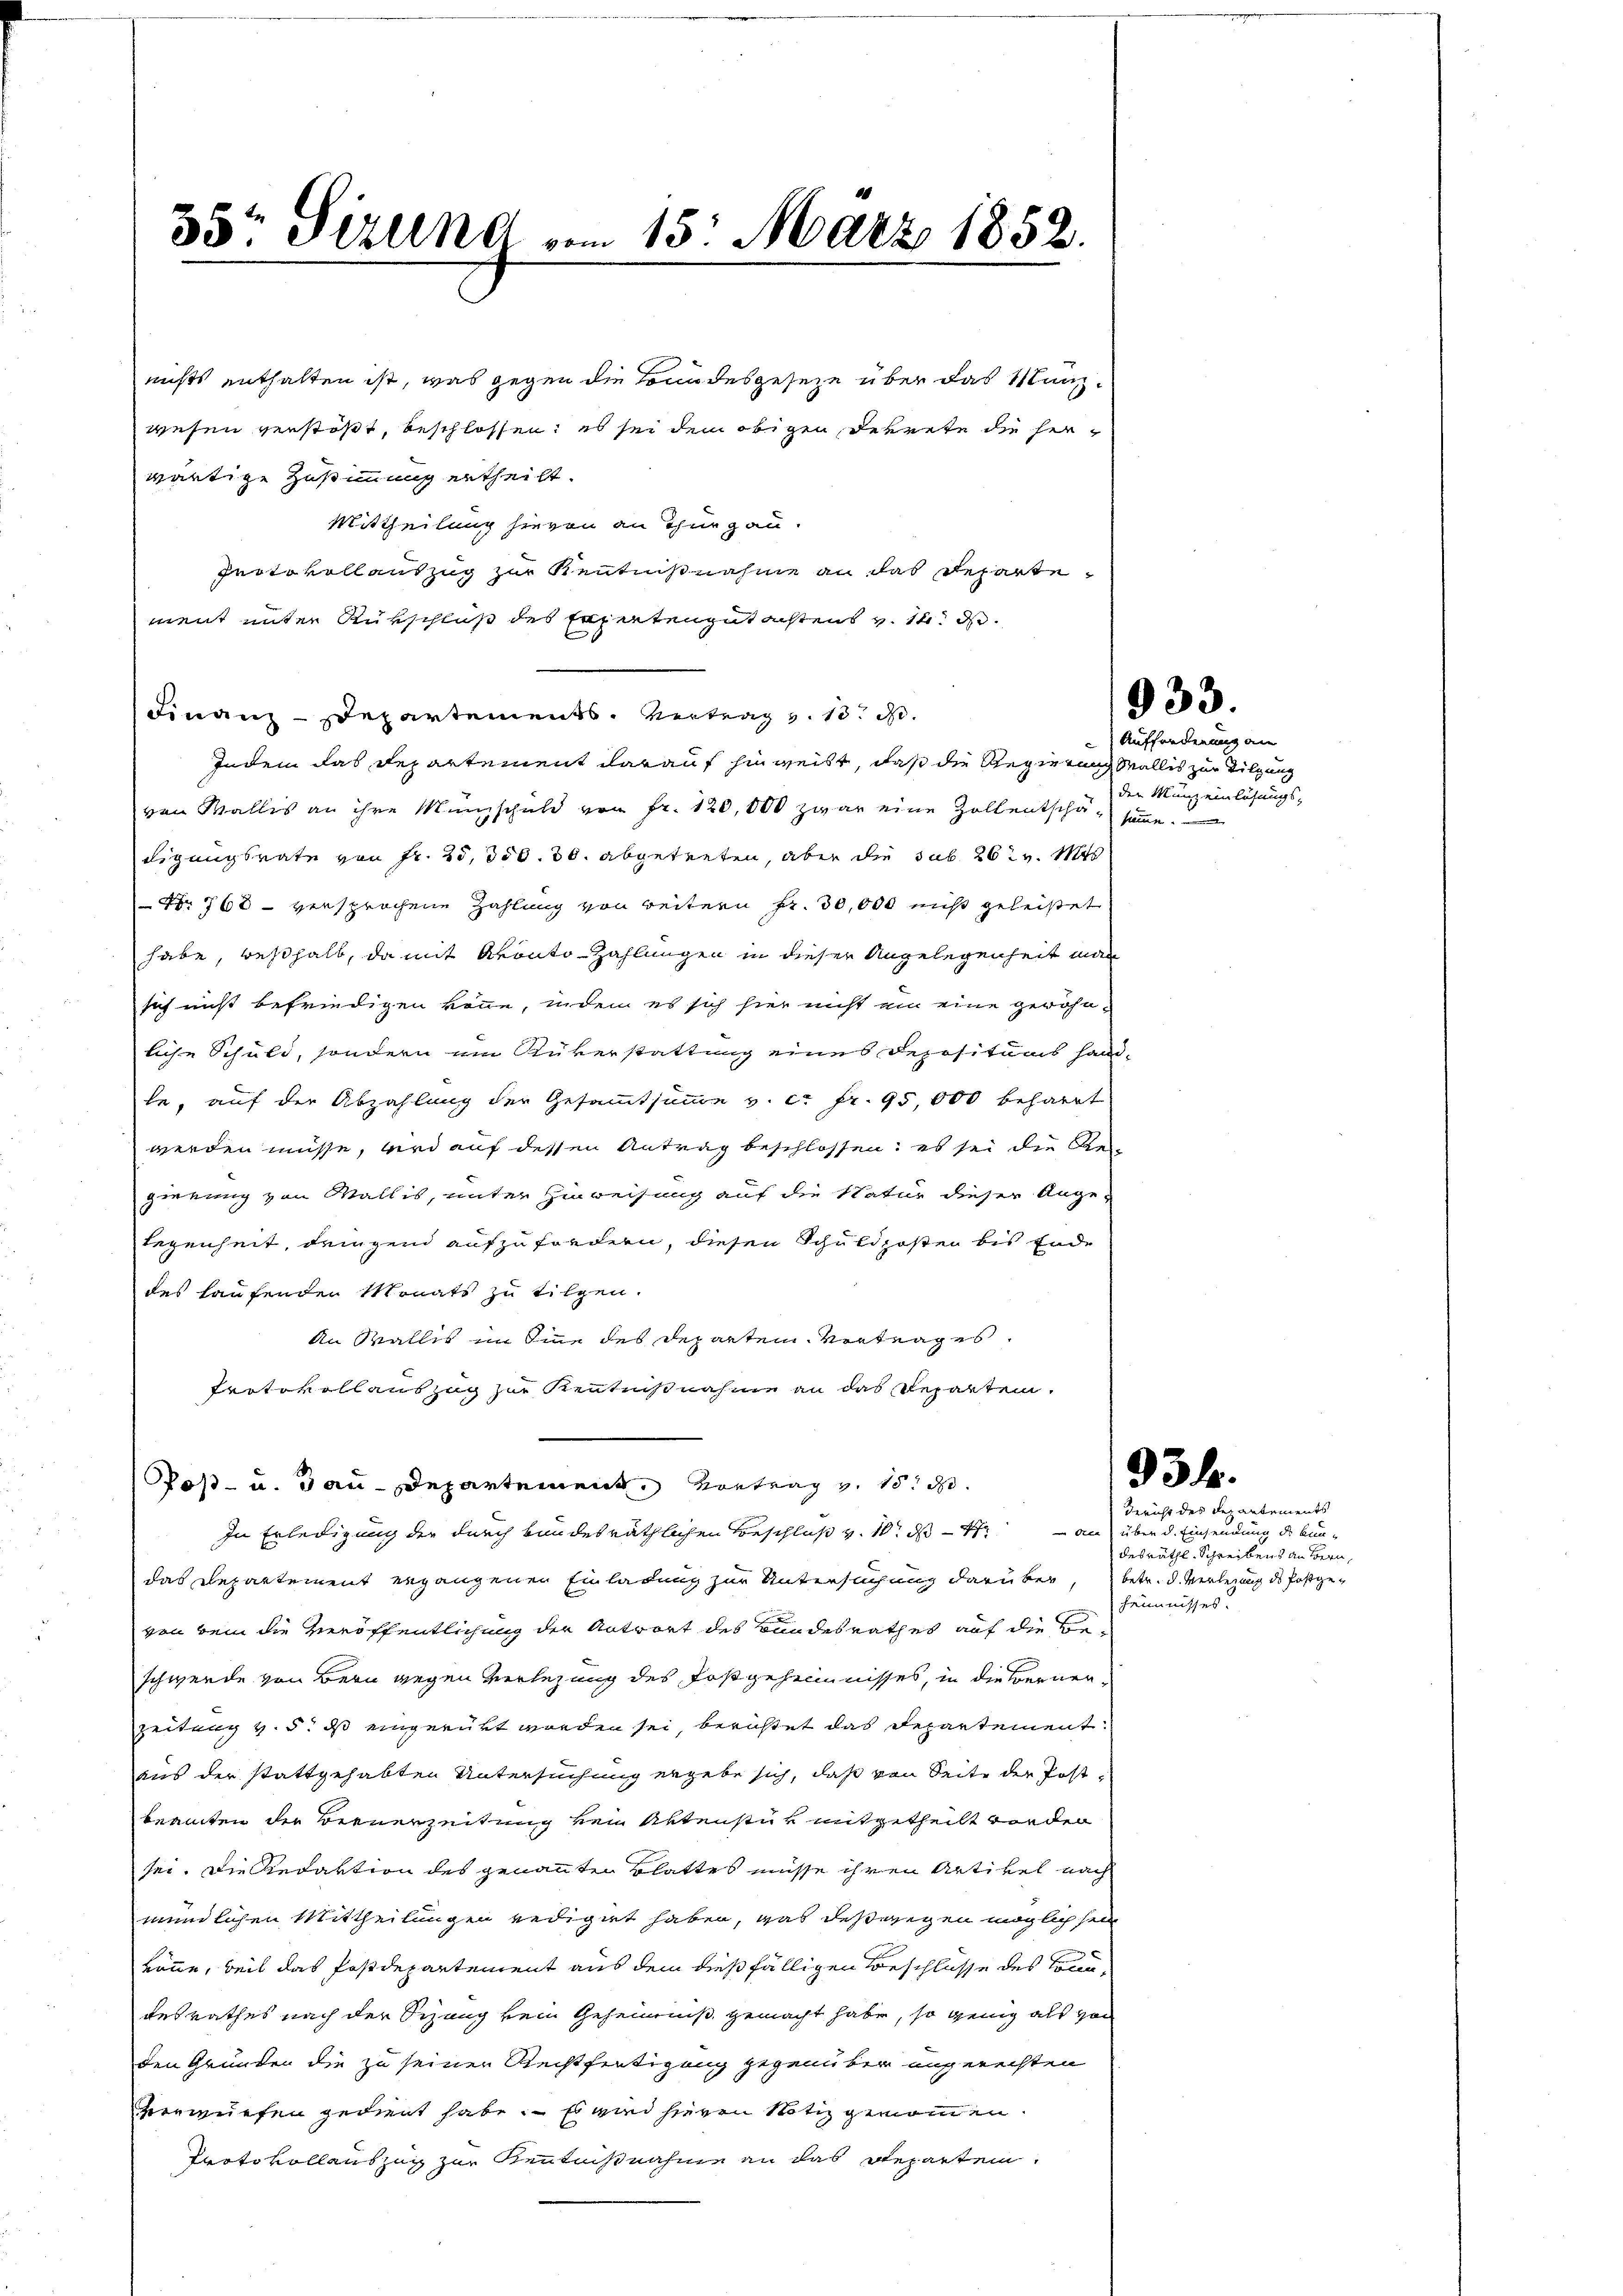
35r Sizung vom 15. März 1852.

nichts enthalten ist, was gegen die Bundesgeseze über das Manzwesen verstößt, beschlossen; es sei dem obigen dekrete die herwärtige Zustimmung ertheilt.
Mittheilung hievon an Thurgau.
Protokollauszug zur Kenntnißnahme an das Departe
ment unter Rükschluß des Expertengutachtens v. 14. d.
Finanz-Departements. Vertrag v. 10. d.
Indem das Departement darauf hinweist, daß die Regierung Wallis zur Tilgung
von Wallis an ihre Münzschuld von Fr. 120,000 zwar eine Zollentschä- samme.
Ligungsrate von Fr. 20,000. 30. abgetreten, aber die sub. 26 v. Mts
Nr 768 - versprochene Zahlung von weitern Fr. 30,000 nicht geleistet
habe, weßhalb, da mit Kronto-Zahlungen in dieser Angelegenheit man
sich nicht befriedigen könne, indem es sich hier nicht ein eine gewöhnliche Schuld, sondern ein Rükerstattung eines Depositums handte, auf der Abzahlung der Gesammtsumme v. c. fr. 95,000 beharrt
werden müsse, wird auf dessen Antrag beschlossen: es sei die Ge
gierung von Wallis, unter Hinweisung auf die Natur dieser Angelegenheit, dengend aufzufordern, diesen Schuldposten bis Ende
des haufenden Monats zu tilgen.
An Wallis im Eine des Departen Vertrag es
Protokollauszug zur Kenntnißnahme an das Reparten.
Poß- u. Bau-Departement, Vortrag v. 15. d.
In Erledigung der durch bundesräthlichen Beschluß v. 10. ds. an über d. Einsendung des Bundas Departement ergangenen Einladung zur Untersuchung darüber, betr. d. Verlegung des Postgevon kein die Veröffentlichung der Antwort des Bundesrath es auf die Beschwerde von Bern gegen Verlegung des Postgeheimnisses, in die Bernenzeitung v. 5. ds eingerückt worden sei, berichtet das Departement.
aus der stattgehabten Untersuchung ergebe sich, daß von Seite der Postbeamten der Bernerzeitung kein Artenstur mitgetheilt worder
sei. Die Redaktion des genannten Blattes müsse ihren Artikel nach
mündlichen Mittheilungen redigert haben, was deßwegen möglich sei
könne, weil das Postdepartement aus dem dießfälligen Beschlüsse des Traudesrathes nach der Schang kein Geheimniß gemacht habe, so genig als von
den Grunden die zu seiner Rechtfertigung gegenüber ungerechten
vorwürfen gedient habe. Es wird hieren Notiz gemanden.
Protokollauszug zur Kenntnißnahme an das Repartem

933.

Aufforderung an
den Münz einlösungs¬

934.

Gericht des der antements
desräthl. Schreibens an Bern,
heimnisses.